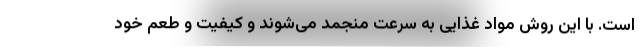
است. با این روش مواد غذایی به سرعت منجمد می‌شوند و کیفیت و طعم خود